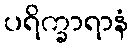
ပရိက္ခာရာနံ